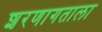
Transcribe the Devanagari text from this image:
शरणागताला